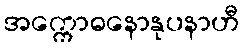
အက္ကောဓနောနုပနာဟီ